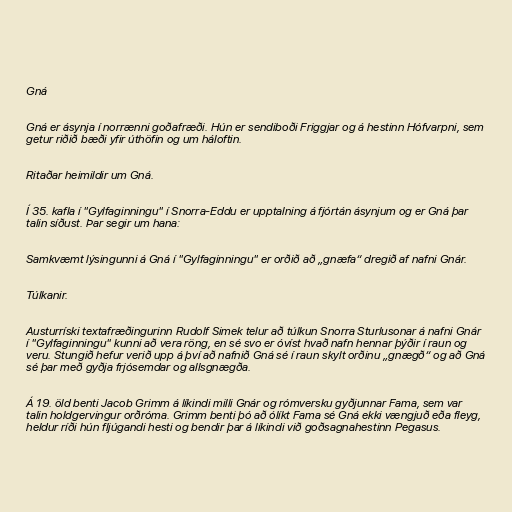
Gná

Gná er ásynja í norrænni goðafræði. Hún er sendiboði Friggjar og á hestinn Hófvarpni, sem
getur riðið bæði yfir úthöfin og um háloftin.

Ritaðar heimildir um Gná.

Í 35. kafla í "Gylfaginningu" í Snorra-Eddu er upptalning á fjórtán ásynjum og er Gná þar
talin síðust. Þar segir um hana:

Samkvæmt lýsingunni á Gná í "Gylfaginningu" er orðið að „gnæfa“ dregið af nafni Gnár.

Túlkanir.

Austurríski textafræðingurinn Rudolf Simek telur að túlkun Snorra Sturlusonar á nafni Gnár
í "Gylfaginningu" kunni að vera röng, en sé svo er óvíst hvað nafn hennar þýðir í raun og
veru. Stungið hefur verið upp á því að nafnið Gná sé í raun skylt orðinu „gnægð“ og að Gná
sé þar með gyðja frjósemdar og allsgnægða.

Á 19. öld benti Jacob Grimm á líkindi milli Gnár og rómversku gyðjunnar Fama, sem var
talin holdgervingur orðróma. Grimm benti þó að ólíkt Fama sé Gná ekki vængjuð eða fleyg,
heldur ríði hún fljúgandi hesti og bendir þar á líkindi við goðsagnahestinn Pegasus.